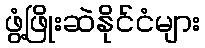
ဖွံ့ဖြိုးဆဲနိုင်ငံများ